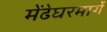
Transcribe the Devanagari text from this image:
मेंढेघरमार्गे